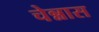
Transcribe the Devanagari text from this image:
चेन्नास